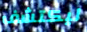
ليكتشف